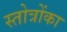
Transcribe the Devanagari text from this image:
स्तोत्रोंका